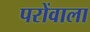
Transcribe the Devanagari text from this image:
परोंवाला